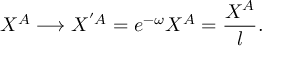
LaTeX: X ^ { A } \longrightarrow X ^ { ' { A } } = e ^ { - \omega } X ^ { A } = \frac { X ^ { A } } { l } .